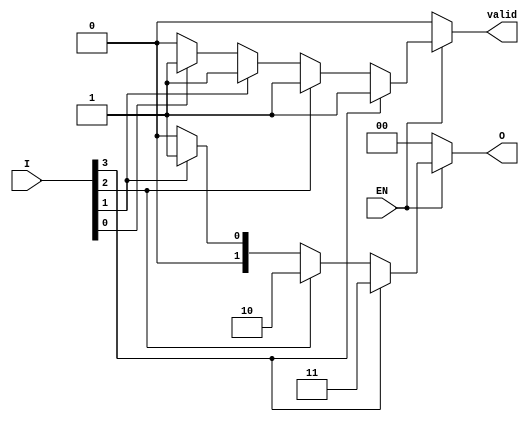
module one_of_n_encoder #(parameter N = 4) (
    input wire [N-1:0] I,   // N input lines
    input wire EN,          // Enable signal
    output reg [$clog2(N)-1:0] O, // log2(N) output lines
    output reg valid        // Output valid signal
);

    integer i;

    always @(*) begin
        // Default state
        O = 0;
        valid = 0;

        if (EN) begin
            // Iterate through inputs to find the active one
            for (i = 0; i < N; i = i + 1) begin
                if (I[i]) begin
                    O = i[$clog2(N)-1:0]; // Output the index of the active input
                    valid = 1;            // Set valid signal
                end
            end
        end
    end

endmodule